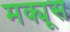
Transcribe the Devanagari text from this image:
मक्यूस